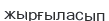
жырғыласып